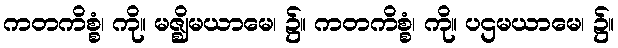
ကတကိစ္စံ၊ ကို။ မဇ္ဈိမယာမေ၊ ၌။ ကတကိစ္စံ၊ ကို။ ပဌမယာမေ၊ ၌။